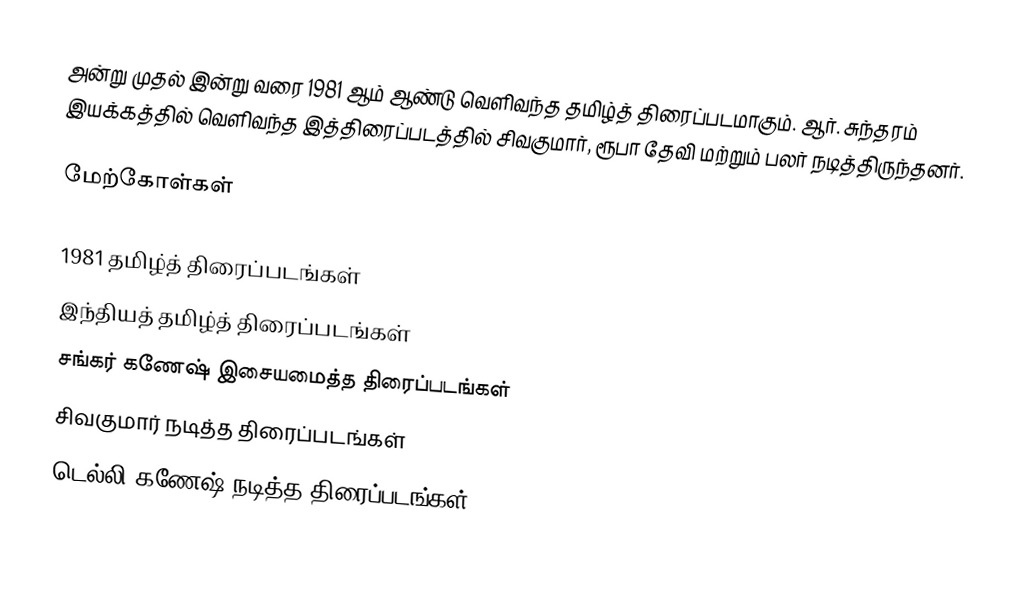
அன்று முதல் இன்று வரை 1981 ஆம் ஆண்டு வெளிவந்த தமிழ்த் திரைப்படமாகும். ஆர். சுந்தரம் இயக்கத்தில் வெளிவந்த இத்திரைப்படத்தில் சிவகுமார், ரூபா தேவி மற்றும் பலர் நடித்திருந்தனர்.

மேற்கோள்கள்

1981 தமிழ்த் திரைப்படங்கள்
இந்தியத் தமிழ்த் திரைப்படங்கள்
சங்கர் கணேஷ் இசையமைத்த திரைப்படங்கள்
சிவகுமார் நடித்த திரைப்படங்கள்
டெல்லி கணேஷ் நடித்த திரைப்படங்கள்